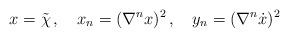
LaTeX: \begin{align*}x=\tilde{\chi}\,,\quad x_n=(\nabla ^nx)^2 \,,\quad y_n =(\nabla ^n\dot{x})^2\end{align*}